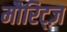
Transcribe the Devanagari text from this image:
मौरिट्ज़